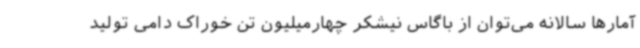
آمارها سالانه می‌توان از باگاس نیشکر چهارمیلیون تن خوراک دامی تولید